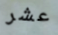
عشر